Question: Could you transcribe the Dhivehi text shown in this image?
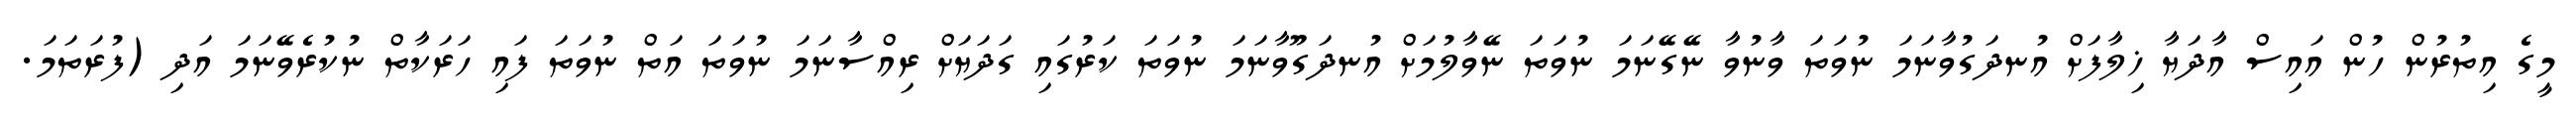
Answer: މީގެ އިތުރުން ހުން އައިސް އާދަޔާ ޚިލާފަށް އުނދަގުވާނަމަ ނުވަތަ ވާނުވާ ނޭގޭނަމަ ނުވަތަ ނޭވާލުމަށް އުނދަގޫވާނަމަ ނުވަތަ ކަރުގައި ގަދަޔަށް ރިއްސާނަމަ ނުވަތަ އަތް ނުވަތަ ފައި ހަރަކާތް ނުކުރެވޭނަމަ އަދި (ފުރަތަމަ.